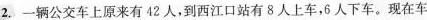
2.一辆公交车上原来有42人，到西江口站有8人上车，6人下车。现在车